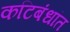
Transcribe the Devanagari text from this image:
कटिबंधांत